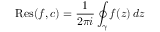
\operatorname { R e s } ( f , c ) = { \frac { 1 } { 2 \pi i } } \oint _ { \gamma } f ( z ) \, d z